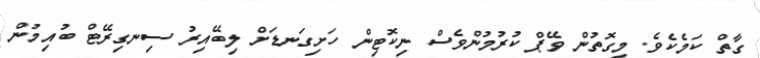
ގާތް ކަމެކެވެ. މިގޮތުން ވޭޕް ކުރުމުންވެސް ނިކޮޓިން ހަށިގަނޑަށް ލިބޭއިރު ސިނގިރޭޓް ބުއިމުން